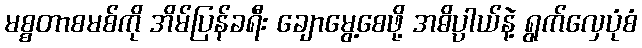
မစ္စတာစမစ်ကို အိမ်ပြန်ခရီး ချောမွေ့စေဖို့ အဓိပ္ပါယ်နဲ့ ရွက်လှေပုံစံ